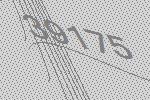
39175